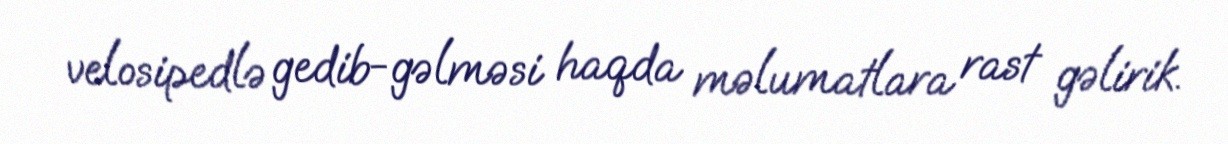
velosipedlə gedib-gəlməsi haqda məlumatlara rast gəlirik.